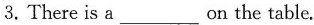
3.There is a___on the table.